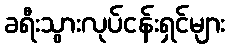
ခရီးသွားလုပ်ငန်းရှင်များ